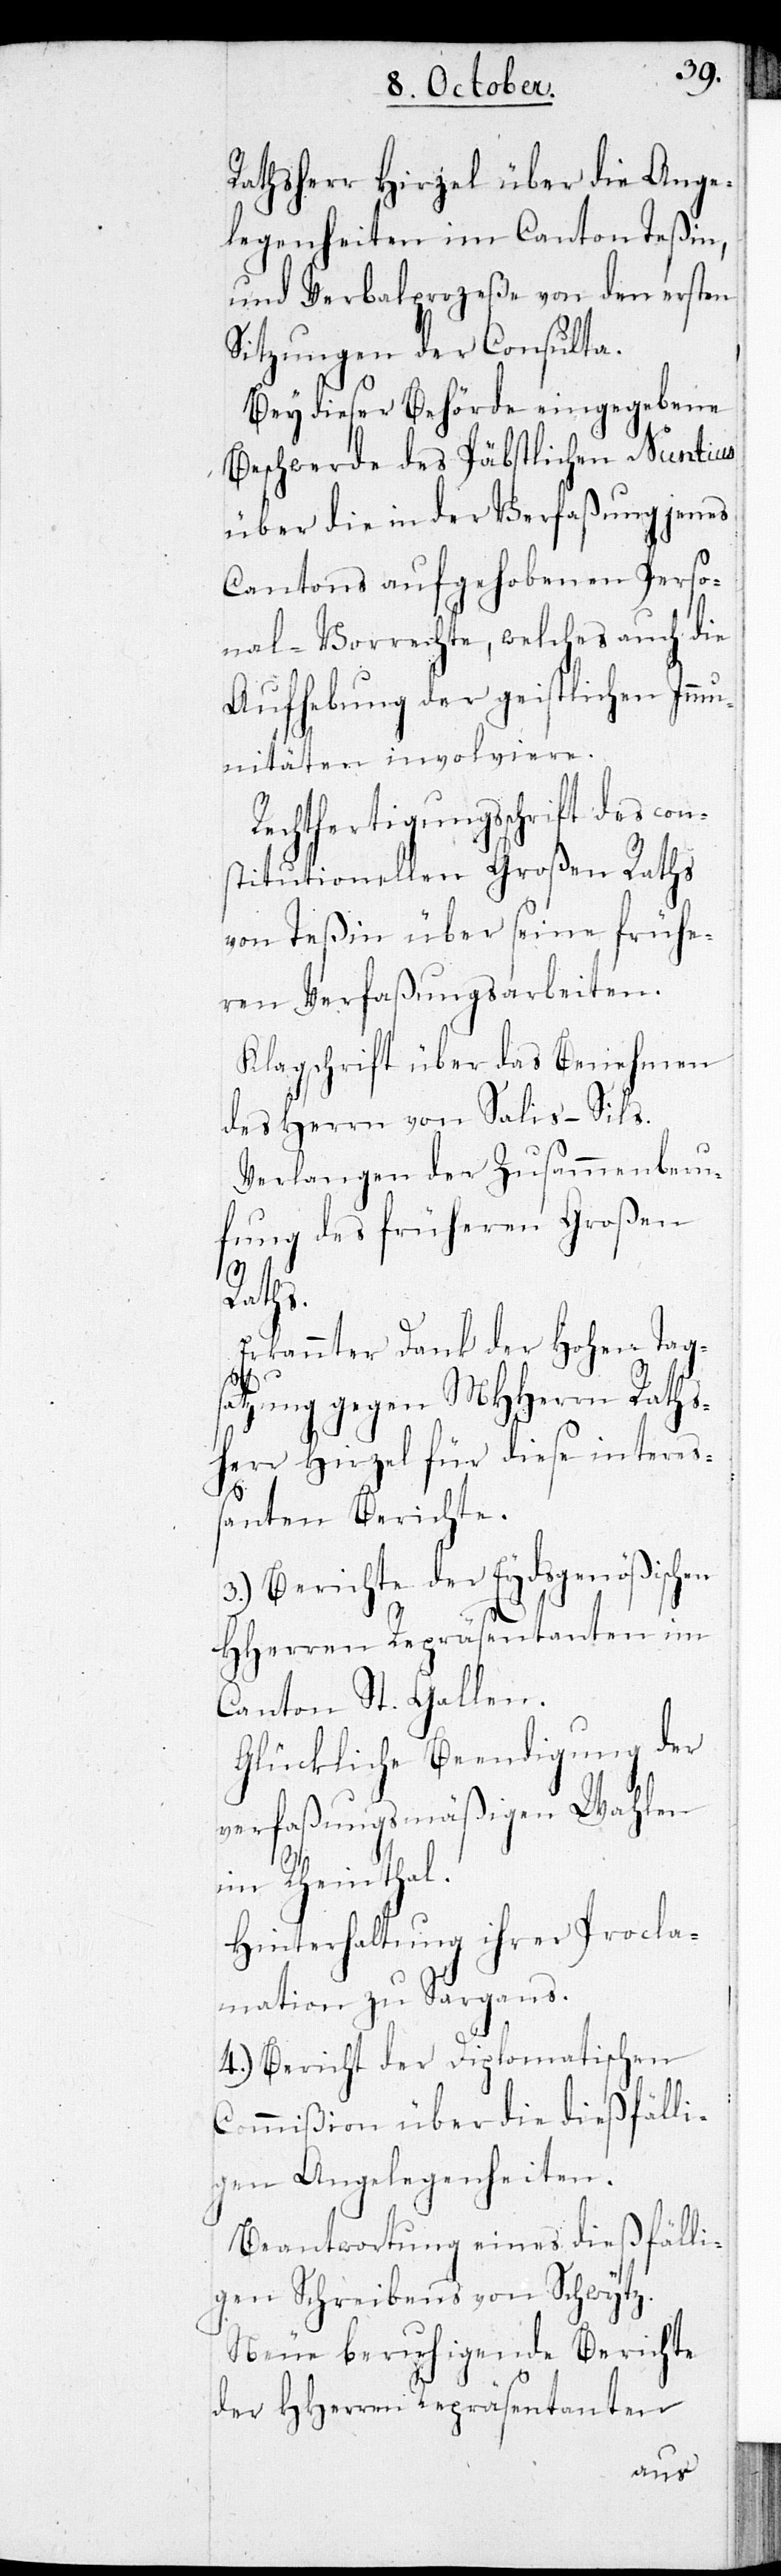
Rathsherr Hirzel über die Ange¬
legenheiten im Canton Teßin,
und Verbalprozeße von den ersten
Sitzungen der Consulta.
Bey dieser Behörde eingegebene
Beschwerde des Päbstlichen Nuntius
über die in der Verfaßung jenes
Cantons aufgehobenen Perso¬
nal-Vorrechte, welches auch die
Aufhebung der geistlichen Immu¬
nitäten involviere.
Rechtfertigungsschrift des con¬
stitutionellen Großen Raths
von Teßin über seine frühe¬
ren Verfaßungsarbeiten.
Klagschrift über das Benehmen
des Herrn von Salis–Sils.
Verlangen der Zusammenberu¬
fung des früheren Großen
Raths.
Erkannter Dank der Hohen Tags¬
atzung gegen MHHerrn Raths¬
herr Hirzel für diese intereß¬
anten Berichte.
3.) Berichte der Eydsgenößischen
HHerren Repräsentanten im
Canton St. Gallen.
Glückliche Beendigung der
verfaßungsmäßigen Wahlen
im Rheinthal.
Hinterhaltung ihrer Procla¬
mation zu Sargans.
4.) Bericht der Diplomatischen
Commißion über die dießfälli¬
gen Angelegenheiten.
Beantwortung eines dießfälli¬
gen Schreibens von Schwytz.
Neue beruhigende Berichte
der HHerren Repräsentanten